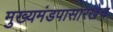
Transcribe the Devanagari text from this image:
मुख्यमंडपासारखेच